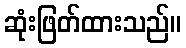
ဆုံးဖြတ်ထားသည်။